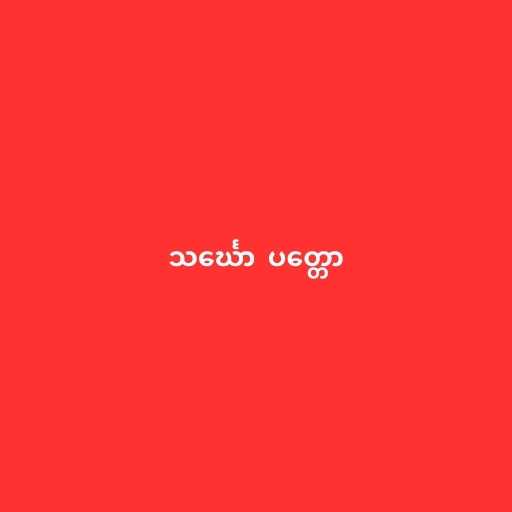
သင်္ဃော  ပတ္တော